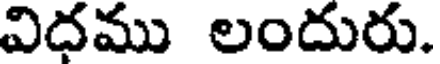
విదము లందురు.